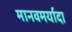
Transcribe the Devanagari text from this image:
मानवमर्यादा